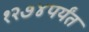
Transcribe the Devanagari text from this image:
१२७४पर्यंत